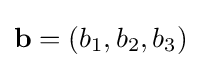
\mathbf {b} =\left(b_{1},b_{2},b_{3}\right)